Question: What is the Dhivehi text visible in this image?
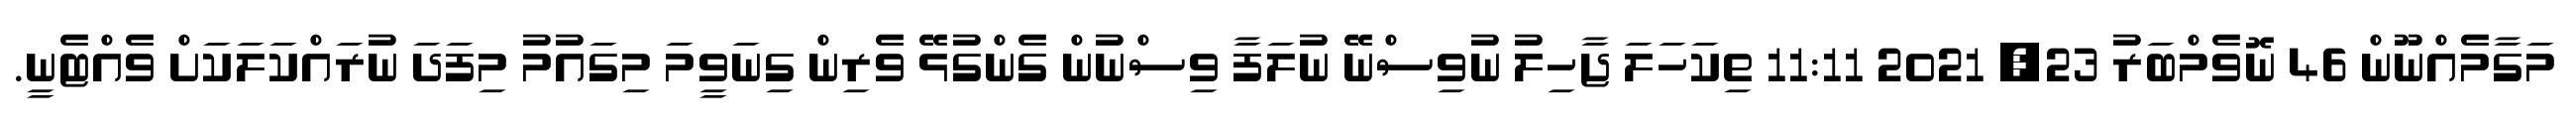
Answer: މަގާމެއްނޫން 46 ނޮވެމްބަރު 23, 2021 11:11 ތިކަހަލަ ޖާހިލު ނުވިސްނޭ ނުލަފާ ވިސްނުން ގެންގުޅޭ ވެރިން ގިނަވީމަ މިގައުމު މިފަދަ ނުރައްކަލަކަށް ވެއްޓެނީ.